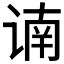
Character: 𲂐